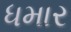
ધમાર